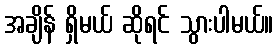
အချိန် ရှိမယ် ဆိုရင် သွားပါမယ်။